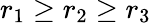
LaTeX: r_{1}\geq r_{2}\geq r_{3}